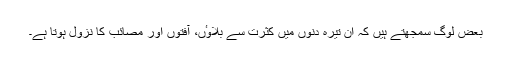
بعض لوگ سمجھتے ہیں کہ ان تیرہ دنوں میں کثرت سے بلاوٴں، آفتوں اور مصائب کا نزول ہوتا ہے۔